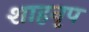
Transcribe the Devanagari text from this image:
शाहनृप